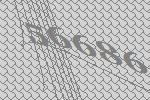
56686